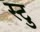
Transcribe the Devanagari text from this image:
स्टु